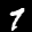
Label: 7